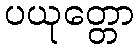
ပယုတ္တော